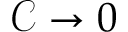
\mathcal { C } \to 0